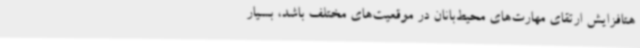
هتافزایش ارتقای مهارت‌های محیط‌بانان در موقعیت‌های مختلف باشد، بسیار